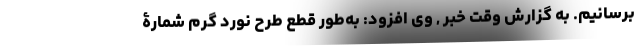
برسانیم. به گزارش وقت خبر , وی افزود: به‌طور قطع طرح نورد گرم شمارۀ